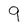
Character: 9